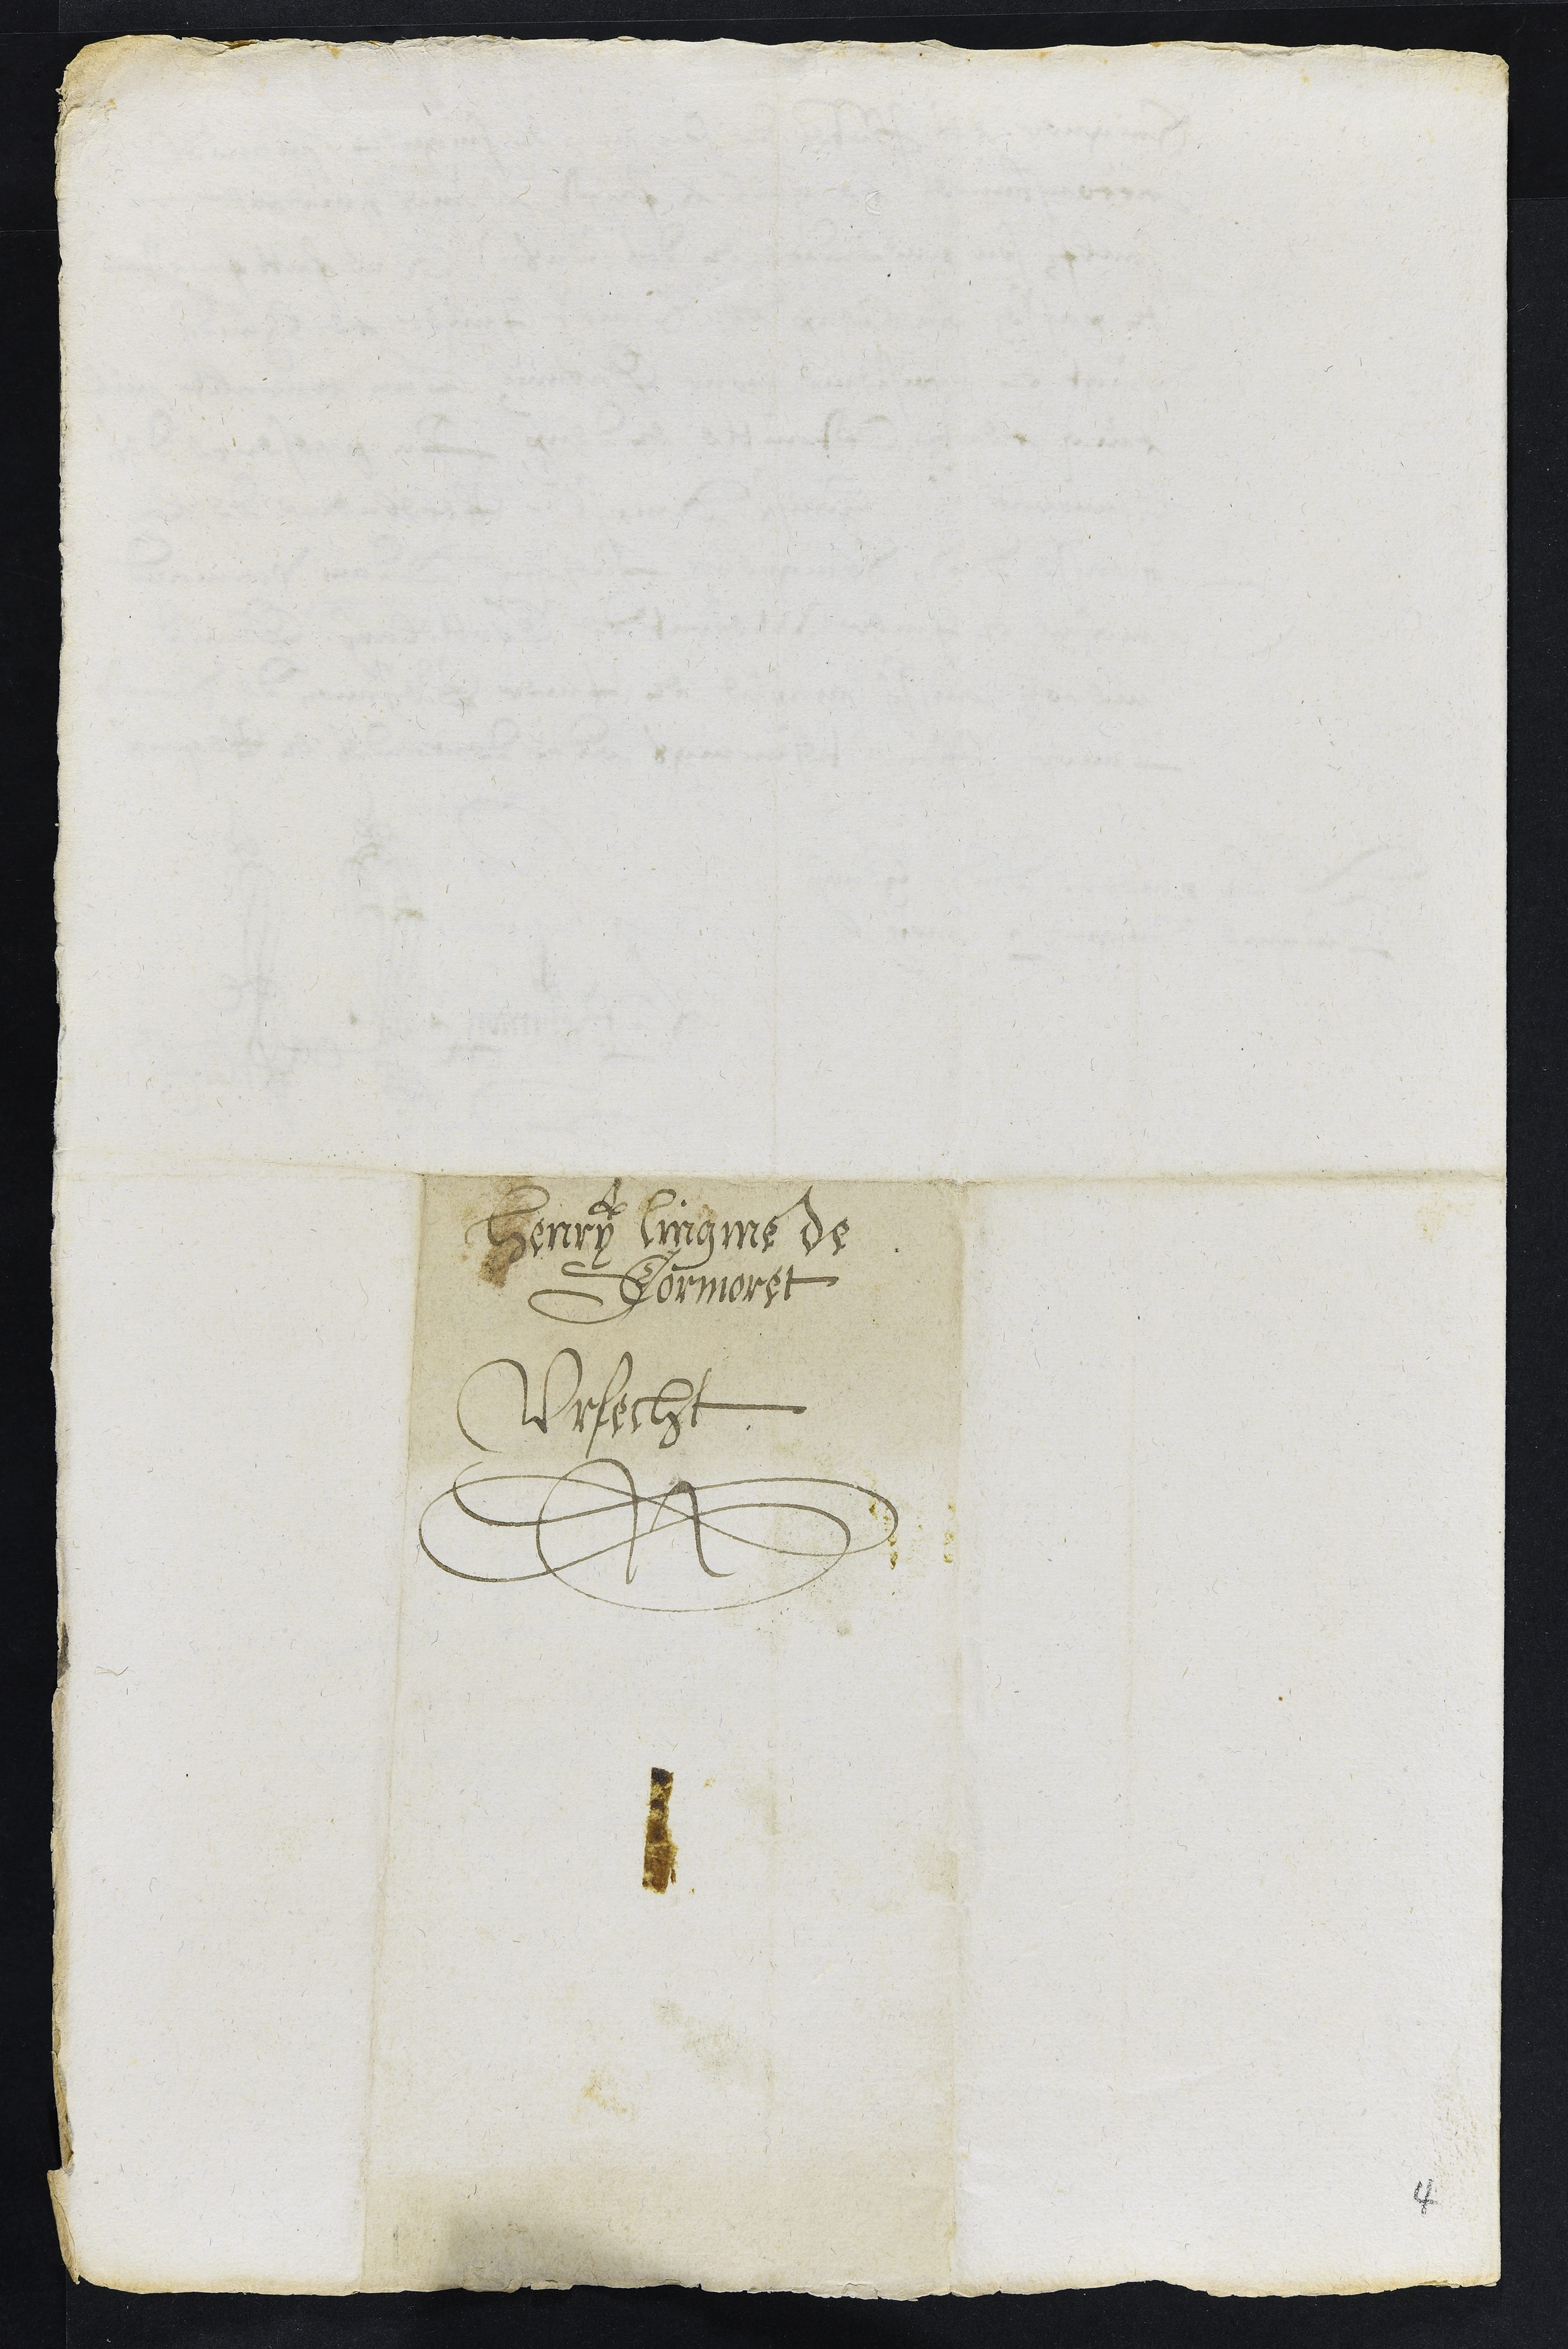
Henry Lingme de
Cormoret
Vrfecht
4